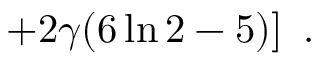
\left. + 2 \gamma ( 6 \ln 2 - 5 ) \right] ~ .